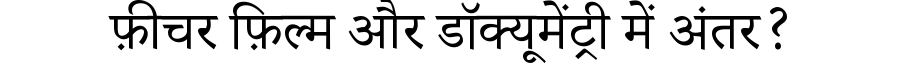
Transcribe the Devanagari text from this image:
फ़ीचर फ़िल्म और डॉक्यूमेंट्री में अंतर?